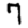
Digit: 7